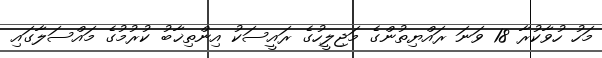
މަހު ހުވާކުރާ 18 ވަނަ ރައްޔިތުންގެ މަޖިލީހުގެ ރައީސަކު އިންތިޚާބު ކުރުމުގެ މައްސަލާގައި